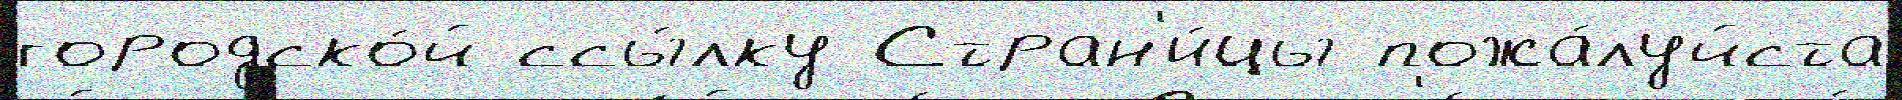
городско́й ссы́лку Стран'и́цы пожа́луйста